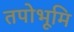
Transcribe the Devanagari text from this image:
तपोभूमि